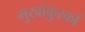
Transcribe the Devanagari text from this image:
मुखांकुरकों